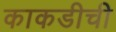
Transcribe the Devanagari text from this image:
काकडीची